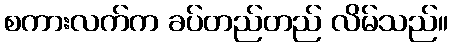
စကားလက်က ခပ်တည်တည် လိမ်သည်။